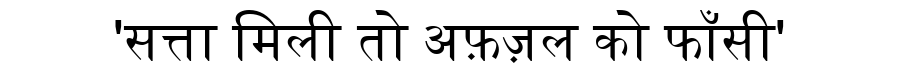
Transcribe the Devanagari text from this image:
'सत्ता मिली तो अफ़ज़ल को फाँसी'